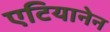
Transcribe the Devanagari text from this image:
एटियानेन